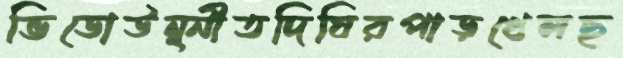
ভিডোউন্ন্নীতদিঘিরপাড়খেলছ